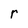
Character: r